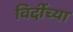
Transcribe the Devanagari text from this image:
विर्दीच्या